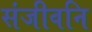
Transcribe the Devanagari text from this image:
संजीवनि